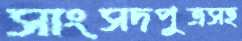
সাংসদপুত্রসহ